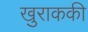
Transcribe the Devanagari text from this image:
खुराककी